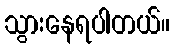
သွားနေရပါတယ်။